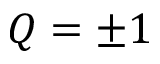
Q = \pm 1